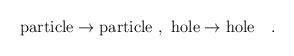
\begin{align*}{\rm particle}\rightarrow{\rm particle} \ , \ {\rm hole}\rightarrow{\rm hole} \ \ \ .\end{align*}